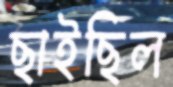
ছাইছিল